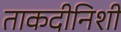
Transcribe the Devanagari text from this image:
ताकदीनिशी